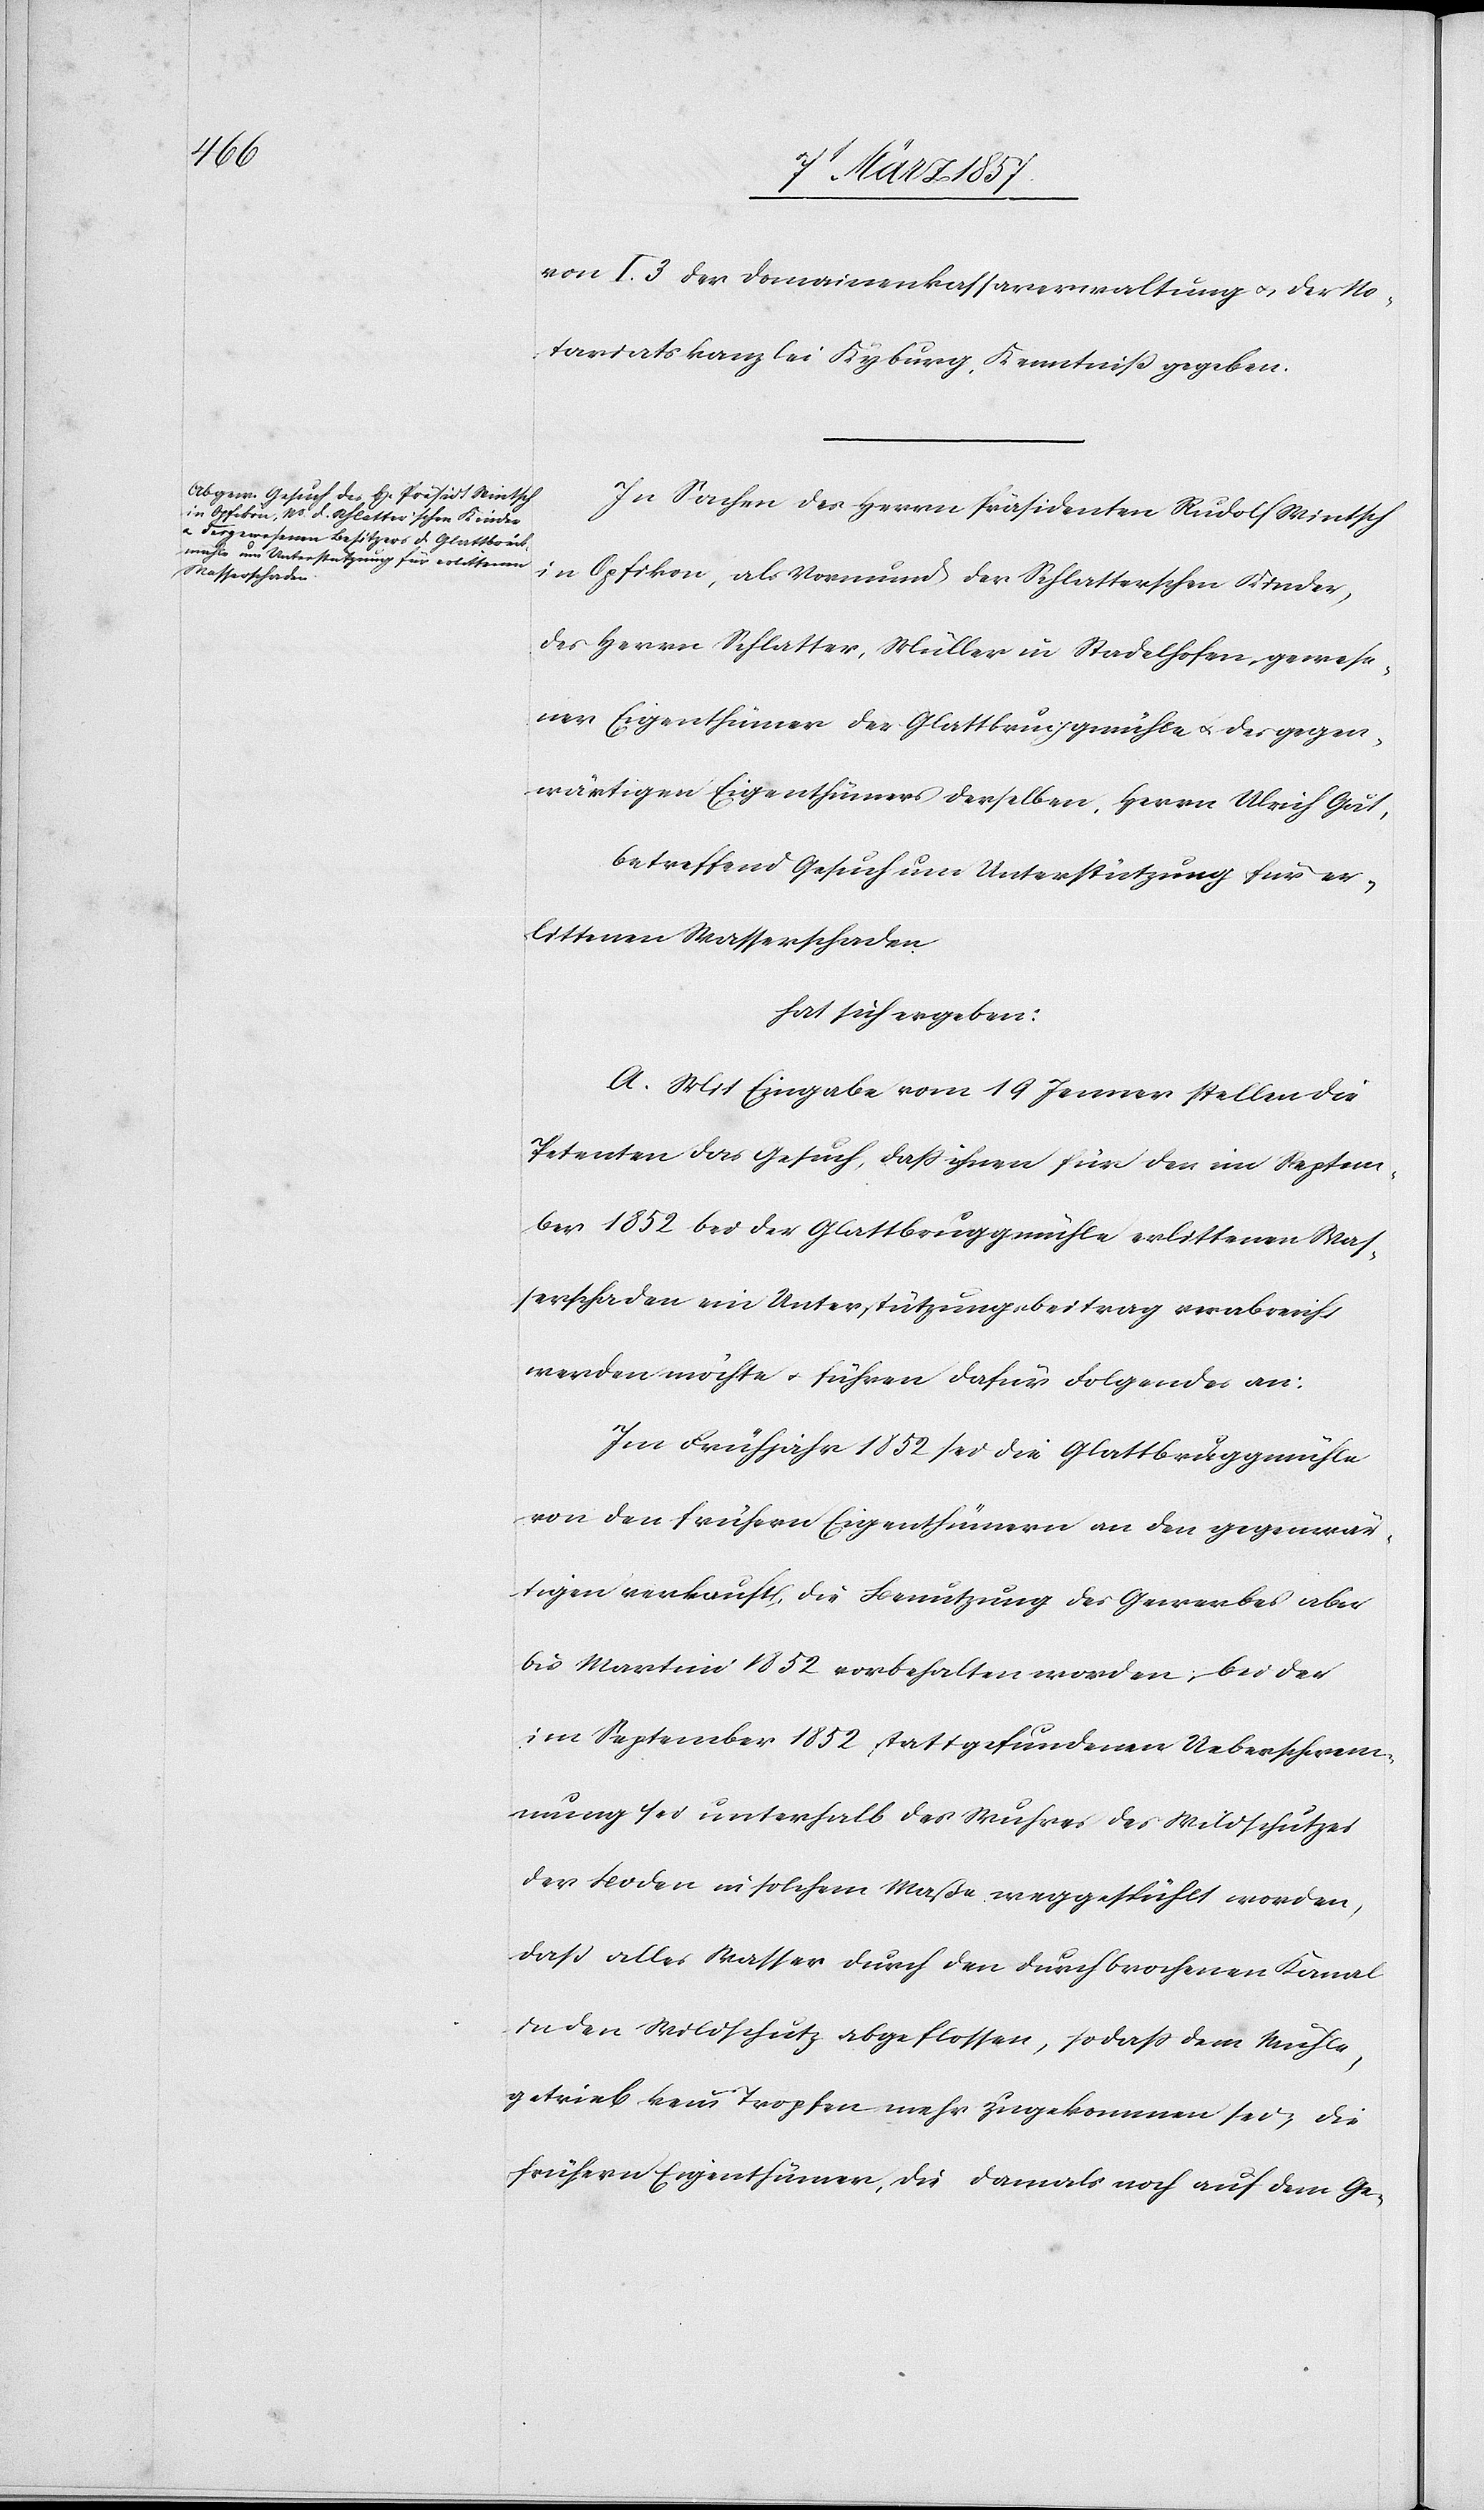
von I. 3 der Domainenkassaverwaltung u. der No¬
tariatskanzlei Kyburg, Kenntniß gegeben.
In Sachen des Herrn Präsidenten Rudolf Wintsch
in Opfikon, als Vormund der Schlatterschen Kinder,
des Herrn Schlatter, Müller in Stadelhofen, gewese¬
ner Eigenthümer der Glattbrüggmühle u. des gegen¬
wärtigen Eigenthümer derselben, Herrn Ulrich Gut,
betreffend Gesuch um Unterstützung für er¬
littenen Wasserschaden
hat sich ergeben:
A. Mit Eingabe vom 19 Jenner stellen die
Petenten das Gesuch, daß ihnen für den im Septem¬
ber 1852 bei der Glattbruggmühle erlittenen Was¬
serschaden ein Unterstützungsbeitrag verabreicht
werden möchte u. führen dafür Folgendes an:
Im Frühjahr 1852 sei die Glattbruggmühle
von den frühern Eigenthümern an den gegenwär¬
tigen verkauft, die Benutzung des Gewerbes aber
bis Martini 1852 vorbehalten worden; bei der
im September 1852 stattgefundenen Ueberschwem¬
mung sei unterhalb des Wuhres des Wildschutzes
der Boden in solchem Maße weggespühlt worden,
daß alles Wasser durch den durchbrochenen Kanal
in den Wildschutz abgeflossen, sodaß dem Mühle¬
getrieb kein Tropfen mehr zugekommen sei, die
frühern Eigenthümer, die damals noch auf dem Ge-